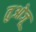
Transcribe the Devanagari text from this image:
तुओजू